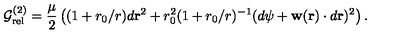
{ \cal G } _ { \mathrm { r e l } } ^ { ( 2 ) } = \frac { \mu } { 2 } \left( ( 1 + r _ { 0 } / r ) d { { \bf r } } ^ { 2 } + r _ { 0 } ^ { 2 } ( 1 + r _ { 0 } / r ) ^ { - 1 } ( d { \psi } + { \bf w } ( { \bf r } ) \cdot d { { \bf r } } ) ^ { 2 } \right) .